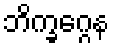
ဘိက္ခဂ္ဂေန